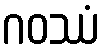
ဂဝဿံ